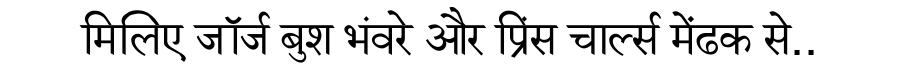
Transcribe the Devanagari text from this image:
मिलिए जॉर्ज बुश भंवरे और प्रिंस चार्ल्स मेंढक से..